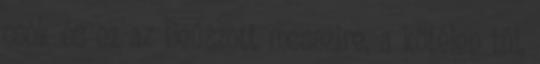
csók és ez az Beúszott messzire, a kötélen túl,